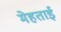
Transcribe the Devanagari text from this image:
मेहताई